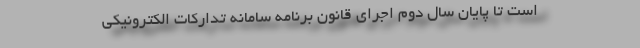
است تا پایان سال دوم اجرای قانون برنامه سامانه تدارکات الکترونیکی